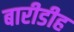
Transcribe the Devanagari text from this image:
बारीडीह